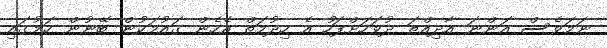
ނަމަވެސް އަންނަ އާދިއްތަ ދުވަހަށްފަހު އެ ހިދުމަތް އެހެން ގައުމަކުން ބޭނުން ކަމުގައި